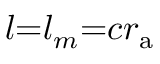
l { = } l _ { m } { = } c r _ { \mathrm { a } }